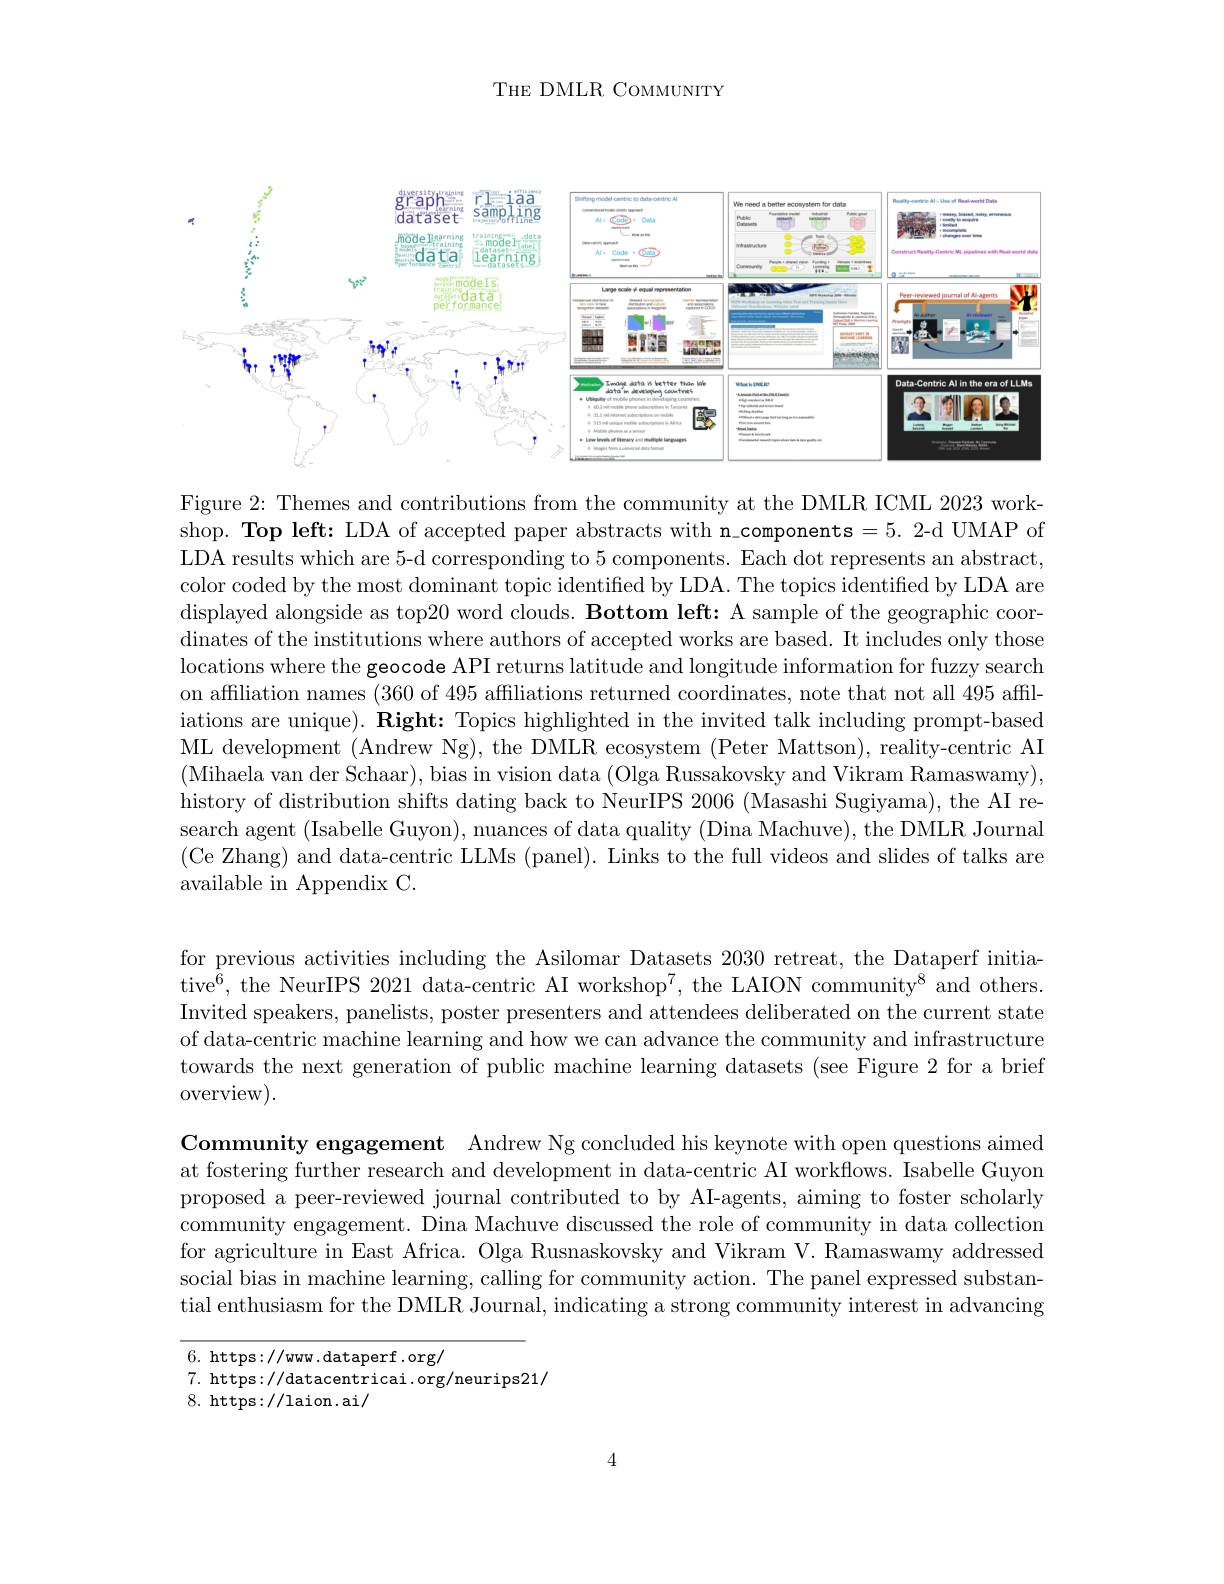
THE DMLR COMMUNITY

<FigureHere>

Figure 2: Themes and contributions from the community at the DMLR ICML 2023 workshop. Top left: LDA of accepted paper abstracts with n\_components=5.2-d UMAP of LDA results which are 5-d corresponding to 5 components. Each dot represents an abstract, color coded by the most dominant topic identified by LDA. The topics identified by LDA are displayed alongside as top20 word clouds. Bottom left: A sample of the geographic coor- $\begin{array}{c}\text{dinates of the institutions where authors of accepted works are based. It includes only those}\\\end{array}$ locations where the geocode API returns latitude and longitude information for fuzzy search on affiliation names (360 of 495 affiliations returned coordinates, note that not all 495 affiliations are unique). $\textbf{Right: Topics highlighted in the invited talk including prompt- based}$ ML development (Andrew Ng), the DMLR ecosystem (Peter Mattson), reality-centric AI (Mihaela van der Schaar), bias in vision data (Olga Russakovsky and Vikram Ramaswamy), history of distribution shifts dating back to NeurIPS 2006 (Masashi Sugiyama), the AI research agent (Isabelle Guyon), nuances of data quality (Dina Machuve), the DMLR Journal (Ce Zhang) and data-centric LLMs (panel). Links to the full videos and slides of talks are available in Appendix C.

for previous activities including the Asilomar Datasets 2030 retreat, the Dataperf initiative$^6$, the NeurIPS 2021 data-centric AI workshop$^7$, the LAION community$^8$ and others. Invited speakers, panelists, poster presenters and attendees deliberated on the current state of data-centric machine learning and how we can advance the community and infrastructure towards the next generation of public machine learning datasets (see Figure 2 for a brief overview).

Community engagement Andrew Ng concluded his keynote with open questions aimed at fostering further research and development in data-centric AI workflows. Isabelle Guyon proposed a peer-reviewed journal contributed to by AI-agents, aiming to foster scholarly community engagement. Dina Machuve discussed the role of community in data collection for agriculture in East Africa. Olga Rusnaskovsky and Vikram V. Ramaswamy addressed social bias in machine learning, calling for community action. The panel expressed substantial enthusiasm for the DMLR Journal, indicating a strong community interest in advancing

6. https://www.dataperf.org/
7. https://datacentricai.org/neurips21/
8. https://laion.ai/

4